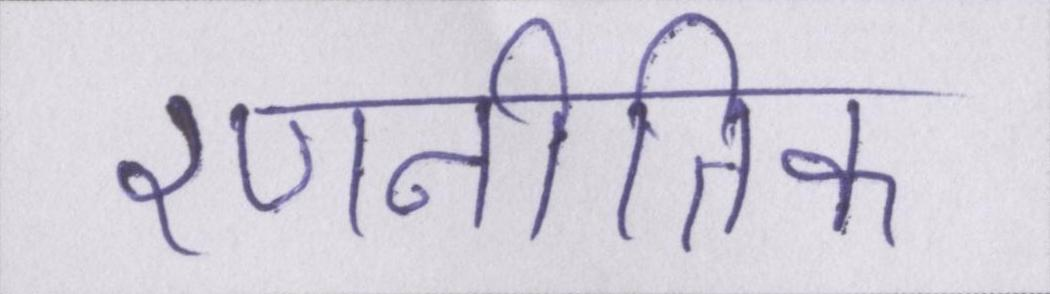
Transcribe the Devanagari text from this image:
रणनीतिक